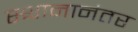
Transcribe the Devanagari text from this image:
स्थानानंतर